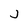
Character: j